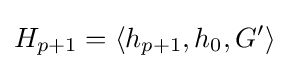
H_{p+1}=\langle h_{p+1},h_{0},G'\rangle